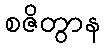
စဇိတွာန